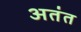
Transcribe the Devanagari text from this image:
अतंत